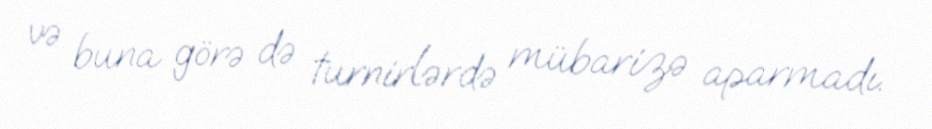
və buna görə də turnirlərdə mübarizə aparmadı.